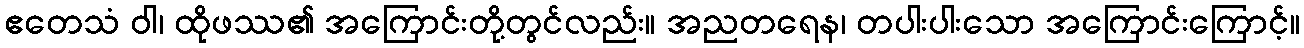
ဧတေသံ ဝါ၊ ထိုဖဿ၏ အကြောင်းတို့တွင်လည်း။ အညတရေန၊ တပါးပါးသော အကြောင်းကြောင့်။